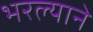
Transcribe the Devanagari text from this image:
भरल्याने